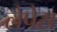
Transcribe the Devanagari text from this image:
लेपेस